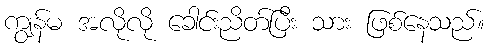
ကျွန်မ အလိုလို ခေါင်းညိတ်ပြီး သား ဖြစ်နေသည်။